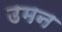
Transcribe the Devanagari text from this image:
उमन